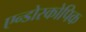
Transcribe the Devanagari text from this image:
एन्डोस्कोपिक